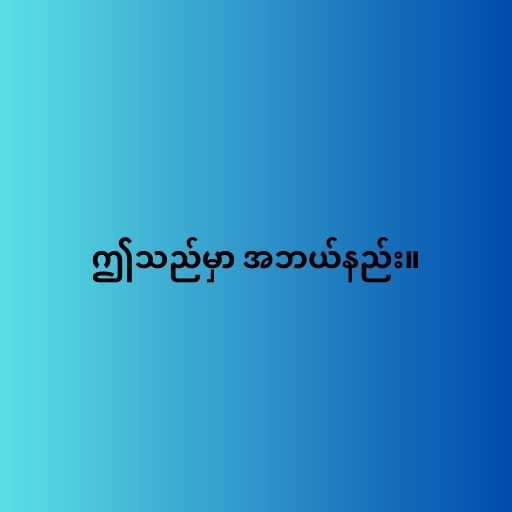
ဤသည်မှာ အဘယ်နည်း။